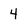
Character: 4